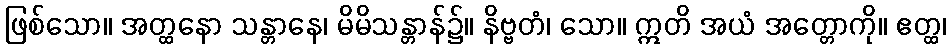
ဖြစ်သော။ အတ္ထနော သန္တာနေ၊ မိမိသန္တာန်၌။ နိဗ္ဗတံ၊ သော။ ဣတိ အယံ အတ္တောကို။ ဧတ္ထ၊